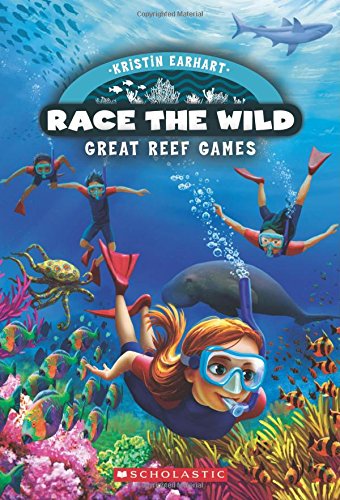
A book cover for Race the Wild #2: Great Reef Games; Kristin Earhart; Children's Books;